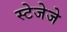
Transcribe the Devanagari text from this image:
स्टेजेजे